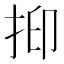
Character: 𢬃